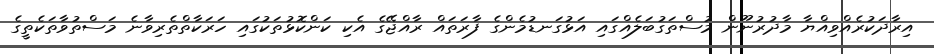
އިރާދަކުރެއްވިއްޔާ މާދުރުނޫން މުސްތަގުބަލެއްގައި އަޅުގަނޑުމެންގެ ފާރަތައް ރާއްޖޭގެ އެކި ކަންކޮޅުތަކުގައި ހަރަކާތްތެރިވާނެ މަސްތުވާތަކެތީގެ